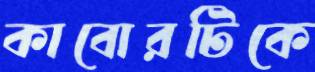
কাবোরটিকে